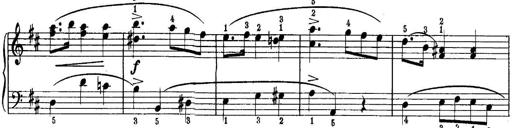
Title: Quatres sonatines
Composer: Tadeusz Joteyko